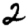
Digit: 2